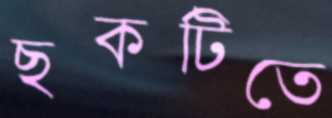
ছকটিতে